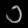
Digit: ၁